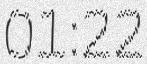
01:22